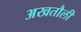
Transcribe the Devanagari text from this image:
अखतौली